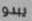
يبدو